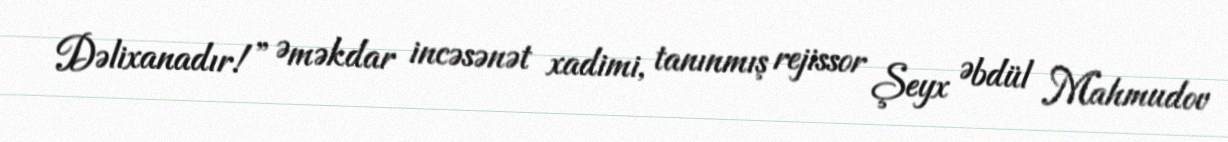
Dəlixanadır!” Əməkdar incəsənət xadimi, tanınmış rejissor Şeyx Əbdül Mahmudov